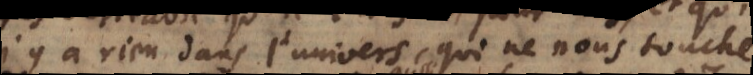
n’y a rien dans l’univers, qui ne nous touche,